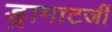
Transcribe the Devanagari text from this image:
ड्रामाटर्जी